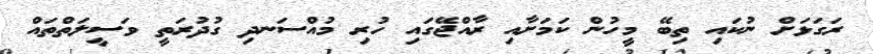
ރަގަޅަށް ނުކައި ތިބޭ މީހުން ކަމަށާއި ރާއްޖޭގައި ހުރި މުއްސަނދި ގުދުރަތީ ވަސީލަތްތައް